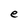
Character: e